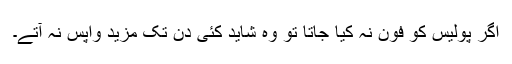
اگر پولیس کو فون نہ کیا جاتا تو وہ شاید کئی دن تک مزید واپس نہ آتے۔